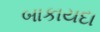
બાકાયદા